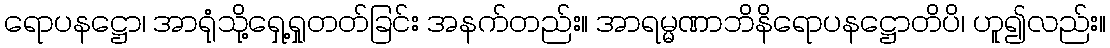
ရောပနဋ္ဌော၊ အာရုံသို့ရှေ့ရှုတတ်ခြင်း အနက်တည်း။ အာရမ္မဏာဘိနိရောပနဋ္ဌောတိပိ၊ ဟူ၍လည်း။